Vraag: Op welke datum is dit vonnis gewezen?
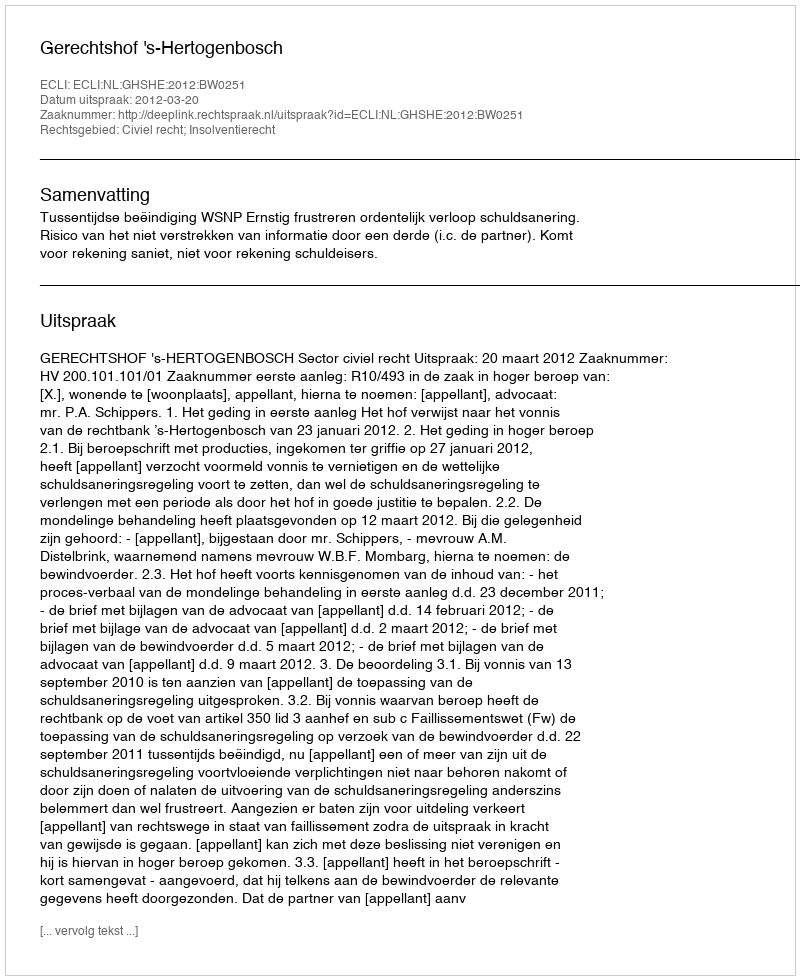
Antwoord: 2012-03-20